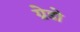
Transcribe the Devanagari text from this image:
ग्रेडो